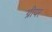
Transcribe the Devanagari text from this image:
ग्रीयर